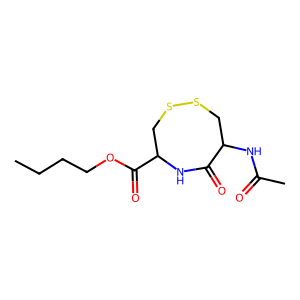
SMILES: CCCCOC(=O)C1CSSCC(NC(C)=O)C(=O)N1
Inhibits HIV replication: No